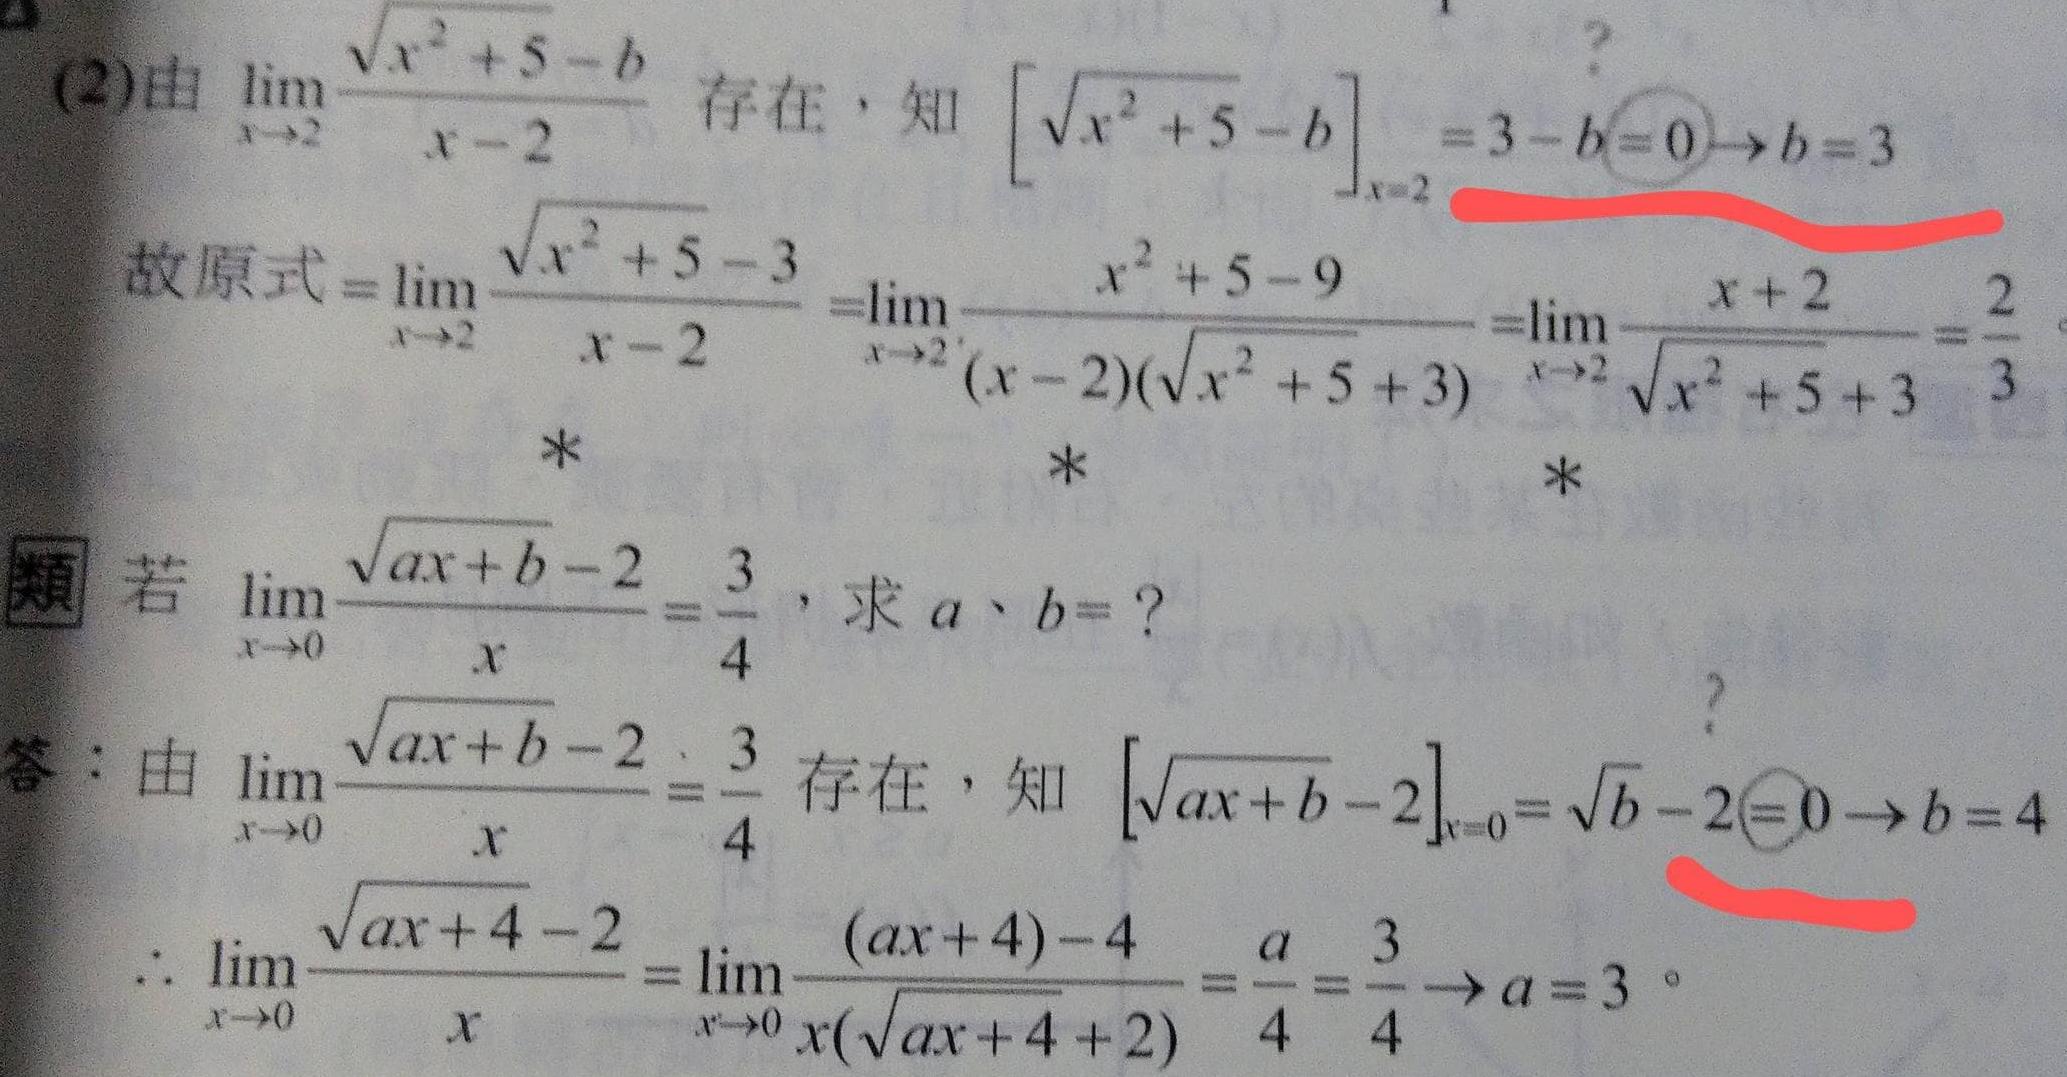
(2)由$\lim_{x \to 2} \frac{\sqrt{x^{2}+5}-b}{x - 2}$存在，知$\left[\sqrt{x^{2}+5}-b\right]_{x = 2}=3 - b = 0\to b = 3$
故原式$=\lim_{x \to 2} \frac{\sqrt{x^{2}+5}-3}{x - 2}=\lim_{x \to 2} \frac{x^{2}+5 - 9}{(x - 2)(\sqrt{x^{2}+5}+3)}=\lim_{x \to 2} \frac{x + 2}{\sqrt{x^{2}+5}+3}=\frac{2}{3}$

類 若$\lim_{x \to 0} \frac{\sqrt{ax + b}-2}{x}=\frac{3}{4}$，求$a、b =?$
答：由$\lim_{x \to 0} \frac{\sqrt{ax + b}-2}{x}=\frac{3}{4}$存在，知$\left[\sqrt{ax + b}-2\right]_{x = 0}=\sqrt{b}-2 = 0\to b = 4$
$\therefore \lim_{x \to 0} \frac{\sqrt{ax + 4}-2}{x}=\lim_{x \to 0} \frac{(ax + 4)-4}{x(\sqrt{ax + 4}+2)}=\frac{a}{4}=\frac{3}{4}\to a = 3$